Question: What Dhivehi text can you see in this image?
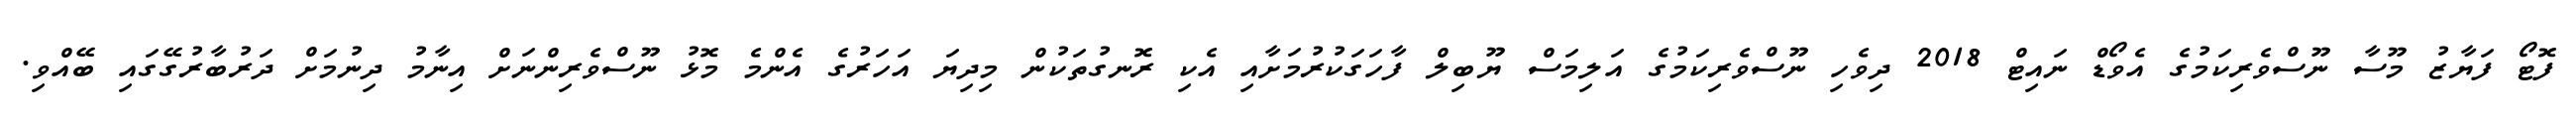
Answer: ފޮޓޯ ފަޔާޒު މޫސާ ނޫސްވެރިކަމުގެ އެވޯޑް ނައިޓް 2018 ދިވެހި ނޫސްވެރިކަމުގެ އަލިމަސް ޔޫބިލް ފާހަގަކުރުމަށާއި އެކި ރޮނގުތަކުން މިދިޔަ އަހަރުގެ އެންމެ މޮޅު ނޫސްވެރިންނަށް އިނާމު ދިނުމަށް ދަރުބާރުގޭގައި ބޭއްވި.